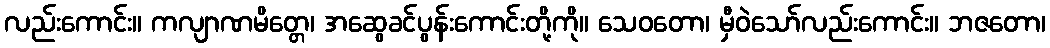
လည်းကောင်း။ ကလျာဏမိတ္တေ၊ အဆွေခင်ပွန်းကောင်းတို့ကို။ သေဝတော၊ မှီဝဲသော်လည်းကောင်း။ ဘဇတော၊